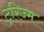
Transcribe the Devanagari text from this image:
ट्ररिज्म